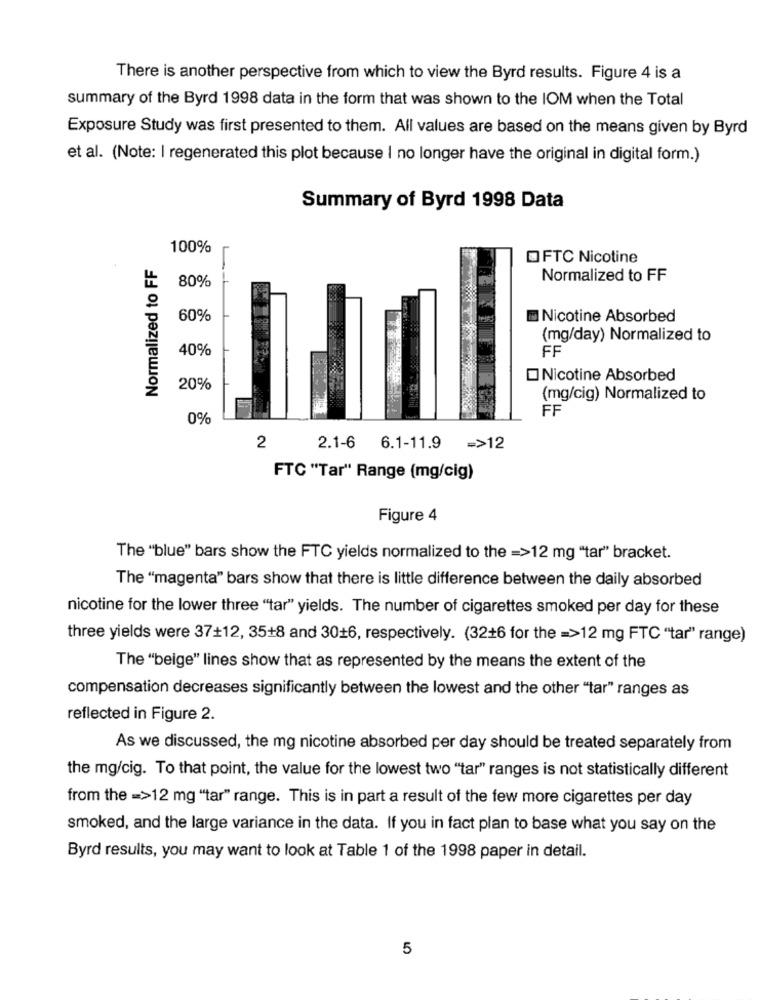
There is another perspective from which to view the Byrd results. Figure 4 is a
summary of the Byrd 1998 data in the form that was shown to the IOM when the Total
Exposure Study was first presented to them. All values are based on the means given by Byrd
et al. (Note: I regenerated this plot because I no longer have the original in digital form.)
Summary of Byrd 1998 Data
100%
Normalized to FF
OFTC Nicotine
80%
Normalized to FF
60%
Nicotine Absorbed
(mg/day) Normalized to
40%
FF
Nicotine Absorbed
20%
(mg/cig) Normalized to
FF
0%
2
2.1-6 6.1-11.9 =>12
FTC "Tar" Range (mg/cig)
Figure 4
The "blue" bars show the FTC yields normalized to the =>12 mg "tar" bracket.
The "magenta" bars show that there is little difference between the daily absorbed
nicotine for the lower three "tar" yields. The number of cigarettes smoked per day for these
three yields were 37+12, 35+8 and 3016, respectively. (32+6 for the =>12 mg FTC "tar" range)
The "beige" lines show that as represented by the means the extent of the
compensation decreases significantly between the lowest and the other "tar" ranges as
reflected in Figure 2.
As we discussed, the mg nicotine absorbed per day should be treated separately from
the mg/cig. To that point, the value for the lowest two "tar" ranges is not statistically different
from the =>12 mg "tar" range. This is in part a result of the few more cigarettes per day
smoked, and the large variance in the data. If you in fact plan to base what you say on the
Byrd results, you may want to look at Table 1 of the 1998 paper in detail.
5